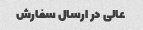
عالی در ارسال سفارش